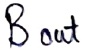
Text: Bout